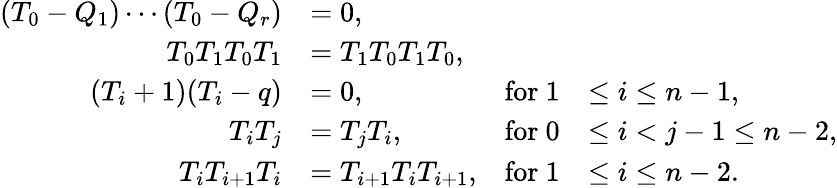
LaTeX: \begin{array}{rlrl}{(T_{0}-Q_{1})\cdots(T_{0}-Q_{r})}&{=0,}\\ {T_{0}T_{1}T_{0}T_{1}}&{=T_{1}T_{0}T_{1}T_{0},}\\ {(T_{i}+1)(T_{i}-q)}&{=0,}&{\mathrm{for~}1}&{\leq i\leq n-1,}\\ {T_{i}T_{j}}&{=T_{j}T_{i},}&{\mathrm{for~}0}&{\leq i<j-1\leq n-2,}\\ {T_{i}T_{i+1}T_{i}}&{=T_{i+1}T_{i}T_{i+1},}&{\mathrm{for~}1}&{\leq i\leq n-2.}\end{array}